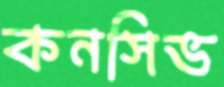
কনসিভ